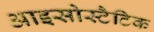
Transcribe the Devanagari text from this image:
आइसोस्टैटिक